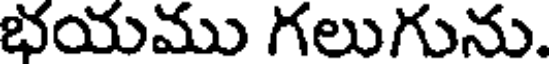
భయము గలుగును.